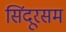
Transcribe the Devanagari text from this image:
सिंदूरसम